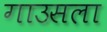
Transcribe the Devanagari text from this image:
गाउसला